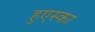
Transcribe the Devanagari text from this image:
हुएस्का